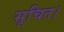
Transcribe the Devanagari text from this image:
सूचित।